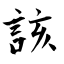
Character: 該